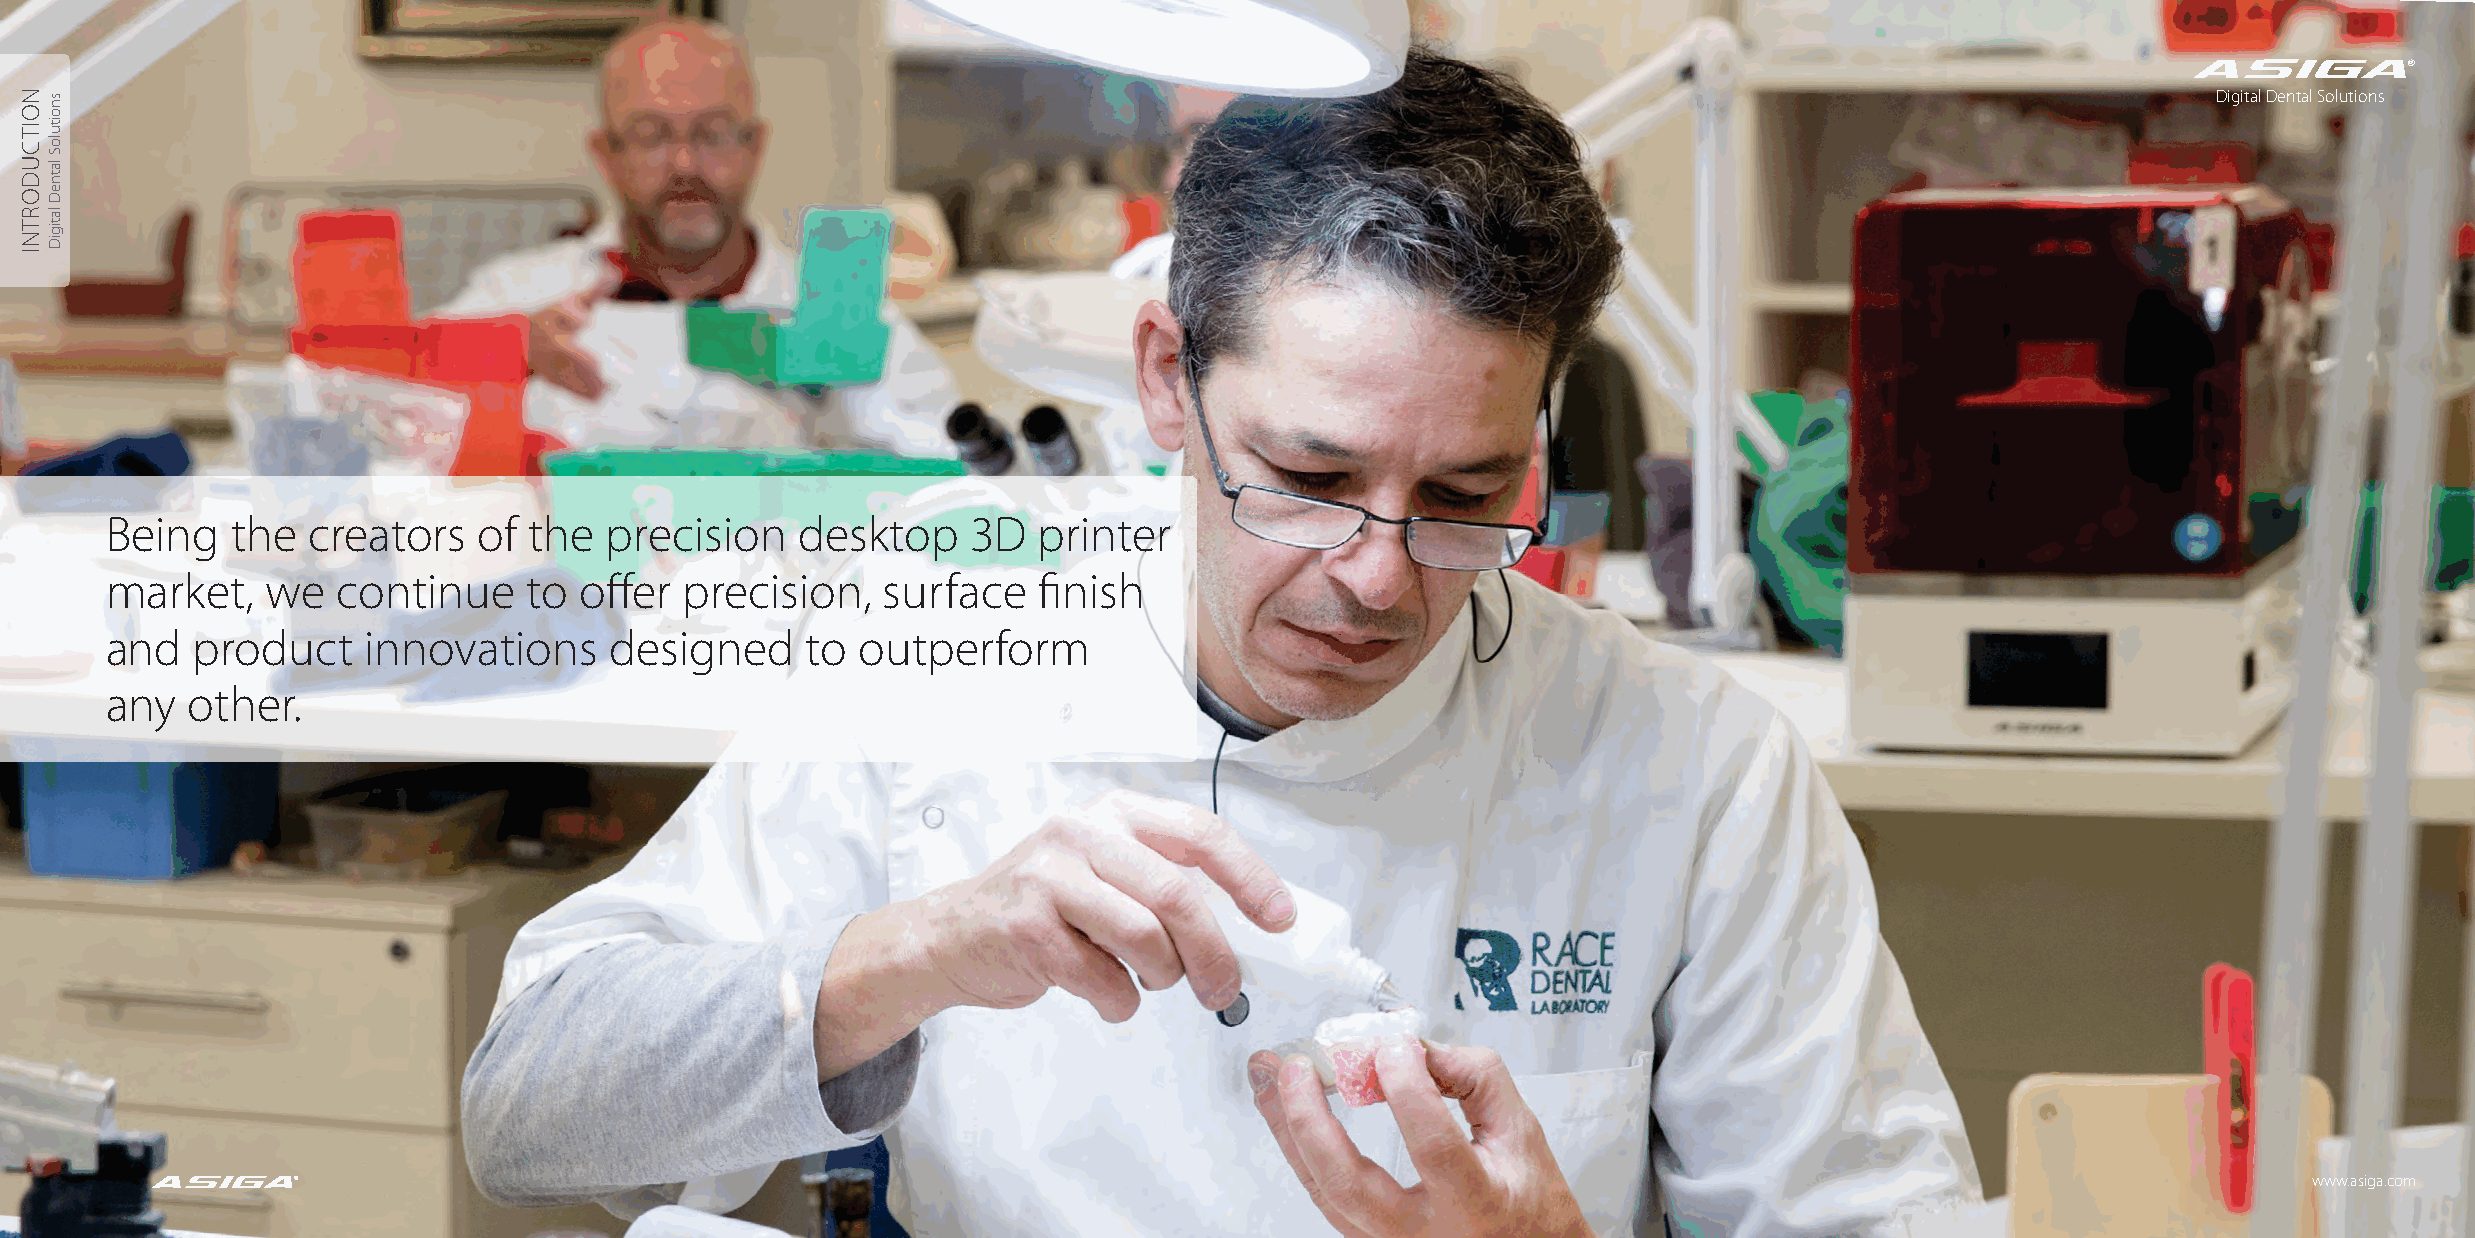
®
 Digital Dental Solutions
 Being   the  creators    of the  precision    desktop    3D   printer
 market,    we  continue     to offer  precision,   surface    finish
 and   product    innovations     designed     to  outperform
 any  other.
 ®                                                                                                                                     www.asiga.com
 NOITCUDORTNI snoituloS
 latneD
 latigiD